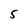
Character: 5